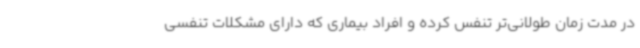
در مدت زمان طولانی‌تر تنفس کرده و افراد بیماری که دارای مشکلات تنفسی